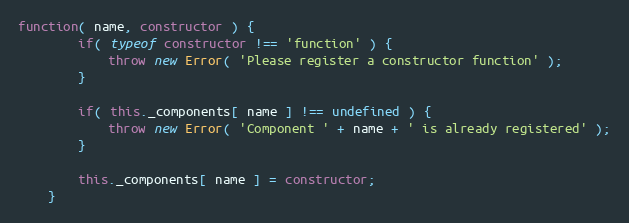
Language: JavaScript
function( name, constructor ) {
		if( typeof constructor !== 'function' ) {
			throw new Error( 'Please register a constructor function' );
		}

		if( this._components[ name ] !== undefined ) {
			throw new Error( 'Component ' + name + ' is already registered' );
		}

		this._components[ name ] = constructor;
	}